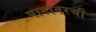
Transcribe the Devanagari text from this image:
पाटावरची